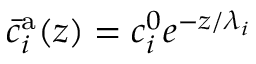
\bar { c } _ { i } ^ { \mathrm { a } } ( z ) = c _ { i } ^ { 0 } e ^ { - z / \lambda _ { i } }